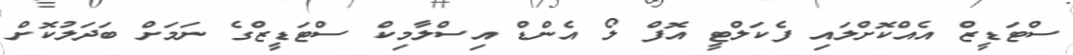
ސްޓަޑީޒް އެއްކޮށްލައި ފެކަލްޓީ އޮފް ލޯ އެންޑް އިސްލާމިކް ސްޓަޑީޒްގެ ނަމަށް ބަދަލުކޮށް